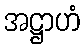
အဋ္ဌာဟံ